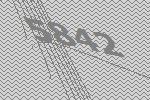
5842